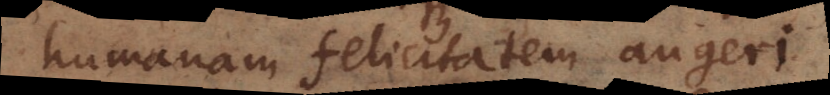
humanam felicitatem augeri.